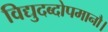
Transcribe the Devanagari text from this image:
विद्युदब्दोपमानौ।